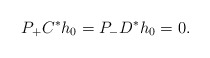
\begin{align*} P_+ C^* h_0 = P_- D^* h_0 = 0.\end{align*}